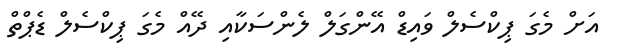
އަށް މެގަ ޕިކްސެލް ވައިޑް އޭންގަލް ލެންސަކާއި ދޭއް މެގަ ޕިކްސެލް ޑެޕްތް